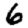
Digit: 6